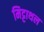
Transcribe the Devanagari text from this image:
मिट्टाथल